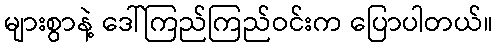
များစွာနဲ့ ဒေါ်ကြည်ကြည်ဝင်းက ပြောပါတယ်။